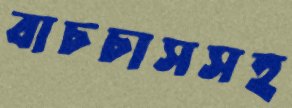
বাচচাসসহ